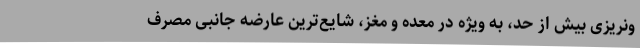
ونریزی بیش از حد، به ویژه در معده و مغز، شایع‌ترین عارضه جانبی مصرف